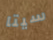
سيتا